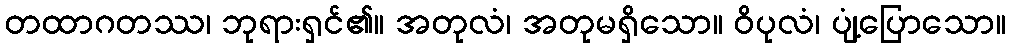
တထာဂတဿ၊ ဘုရားရှင်၏။ အတုလံ၊ အတုမရှိသော။ ဝိပုလံ၊ ပျံ့ပြောသော။